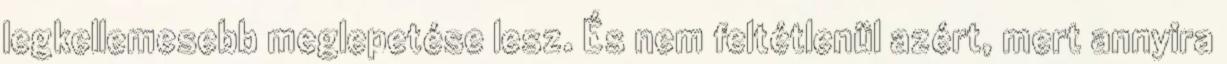
legkellemesebb meglepetése lesz. És nem feltétlenül azért, mert annyira